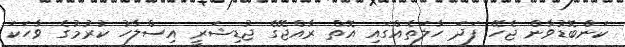
ކަންބޮޑުވާން ޖެހޭ ފަދަ ހާލަތެއްގައި އޮތް ރާއްޖޭގެ ޖުޑިޝަރީ އިސްލާހު ކުރުމުގެ ވާހަކަ